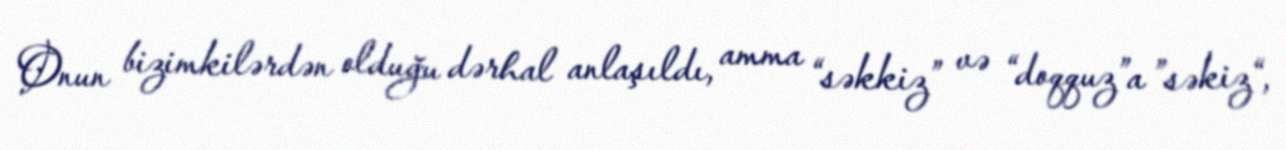
Onun bizimkilərdən olduğu dərhal anlaşıldı, amma “səkkiz” və “doqquz”a ”səkiz“,